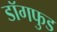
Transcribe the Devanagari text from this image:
डॉगफुड